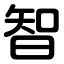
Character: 智